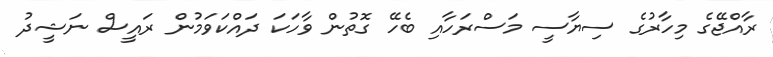
ރާއްޖޭގެ މިހާރުގެ ސިޔާސީ މަސްރަހާއި ބެހޭ ގޮތުން ވާހަކަ ދައްކަވަމުން ރައީސް ނަޝީދު